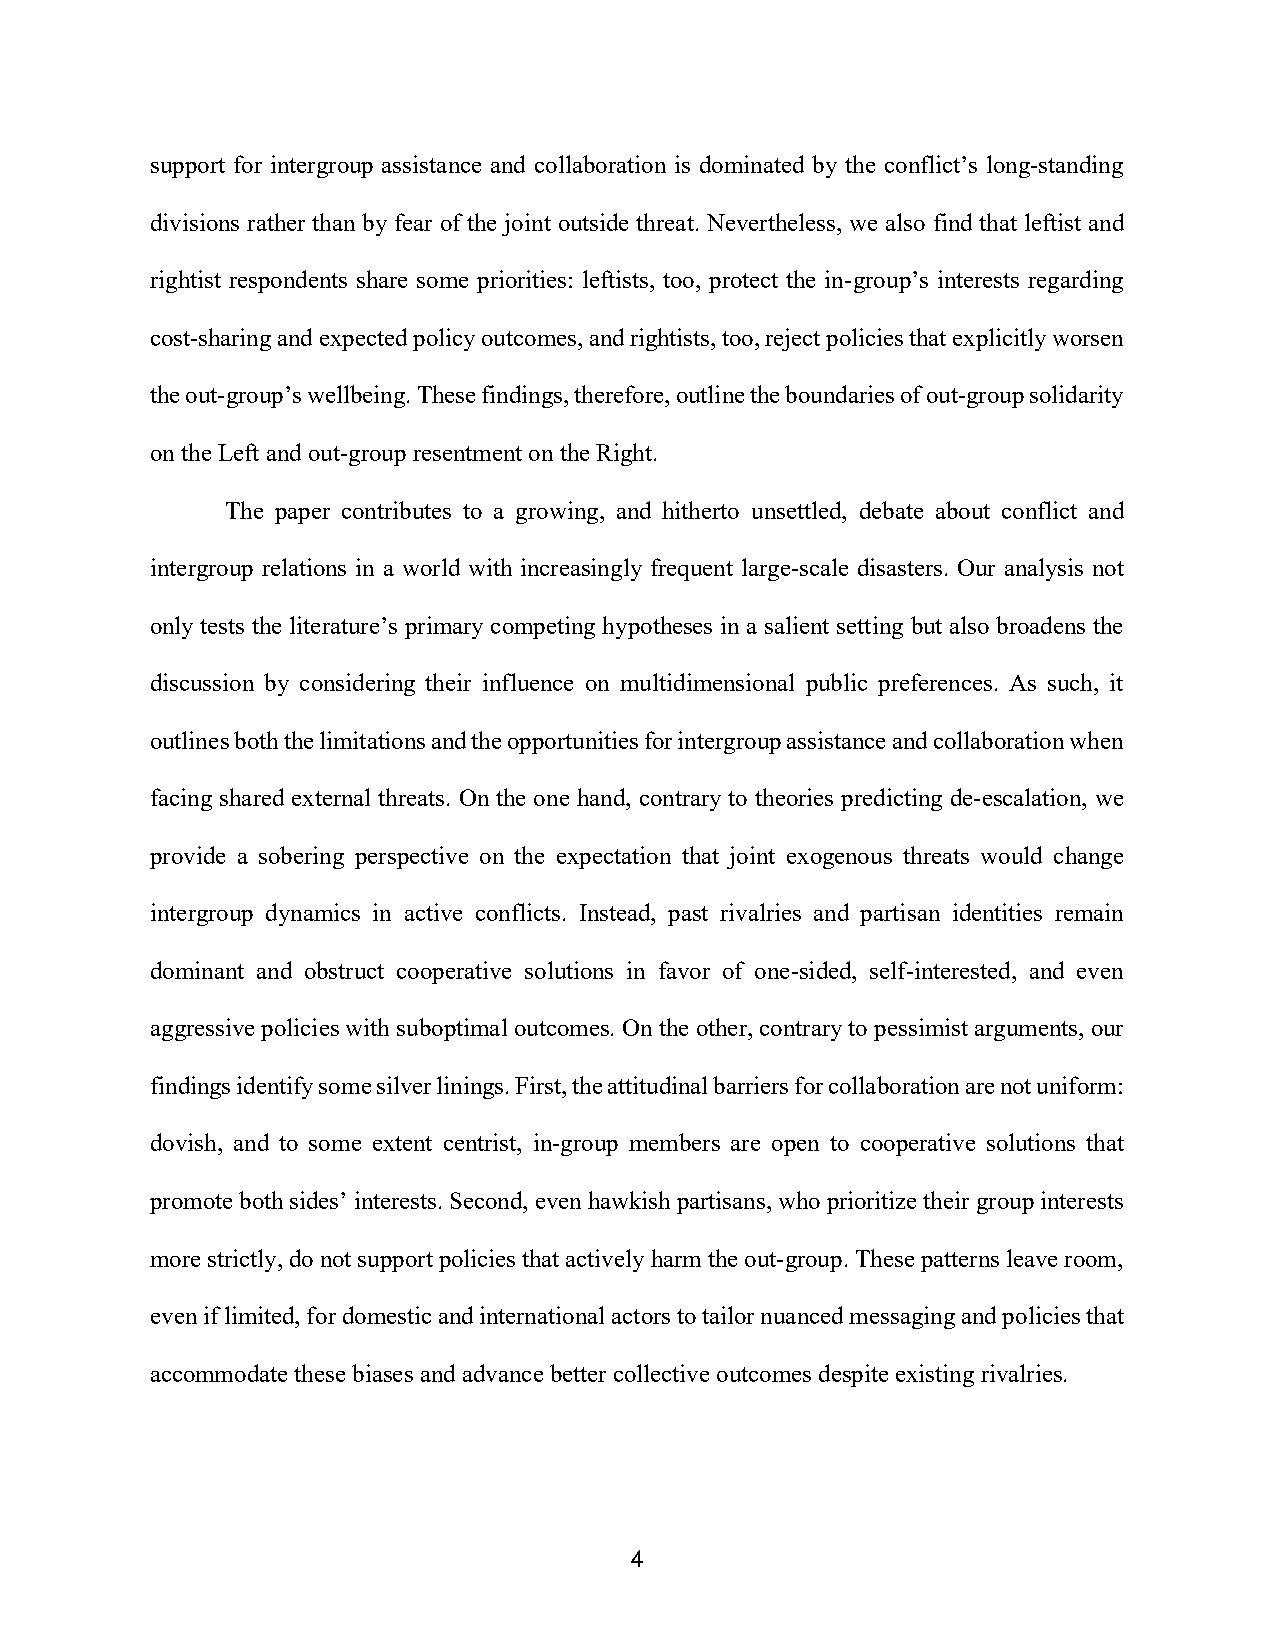
support for intergroup assistance and collaboration is dominated by the conflict’s long-standing
 divisions rather than by fear of the joint outside threat. Nevertheless, we also find that leftist and
 rightist respondents share some priorities: leftists, too, protect the in-group’s interests regarding
 cost-sharing and expected policy outcomes, and rightists, too, reject policies that explicitly worsen
 the out-group’s wellbeing. These findings, therefore, outline the boundaries of out-group solidarity
 on the Left and out-group resentment on the Right.
 The paper contributes to a growing, and hitherto unsettled, debate about conflict and
 intergroup relations in a world with increasingly frequent large-scale disasters. Our analysis not
 only tests the literature’s primary competing hypotheses in a salient setting but also broadens the
 discussion by considering their influence on multidimensional public preferences. As such, it
 outlines both the limitations and the opportunities for intergroup assistance and collaboration when
 facing shared external threats. On the one hand, contrary to theories predicting de-escalation, we
 provide a sobering perspective on the expectation that joint exogenous threats would change
 intergroup dynamics in active conflicts. Instead, past rivalries and partisan identities remain
 dominant and obstruct cooperative solutions in favor of one-sided, self-interested, and even
 aggressive policies with suboptimal outcomes. On the other, contrary to pessimist arguments, our
 findings identify some silver linings. First, the attitudinal barriers for collaboration are not uniform:
 dovish, and to some extent centrist, in-group members are open to cooperative solutions that
 promote both sides’ interests. Second, even hawkish partisans, who prioritize their group interests
 more strictly, do not support policies that actively harm the out-group. These patterns leave room,
 even if limited, for domestic and international actors to tailor nuanced messaging and policies that
 accommodate these biases and advance better collective outcomes despite existing rivalries.
 4